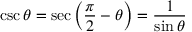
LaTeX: \csc \theta = \sec \left( { \frac { \pi } { 2 } } - \theta \right) = { \frac { 1 } { \sin \theta } }